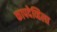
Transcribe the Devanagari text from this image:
कापदेव्हिला